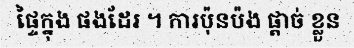
ផ្ទៃក្នុង ផងដែរ ។ ការប៉ុនប៉ង ផ្តាច់ ខ្លួន